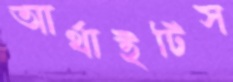
আর্থাইটিস